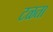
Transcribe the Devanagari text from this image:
टळता